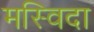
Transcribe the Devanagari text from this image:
मस्विदा